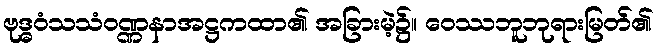
ဗုဒ္ဓဝံသသံဝဏ္ဏနာအဋ္ဌကထာ၏ အခြားမဲ့၌။ ဝေဿဘူဘုရားမြတ်၏